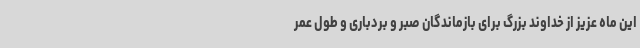
این ماه عزیز از خداوند بزرگ برای بازماندگان صبر و بردباری و طول عمر